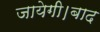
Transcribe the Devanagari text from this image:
जायेगी।बाद